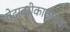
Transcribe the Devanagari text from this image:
गोदावरीकाठीच्या